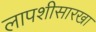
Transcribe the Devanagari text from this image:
लापशीसारखा